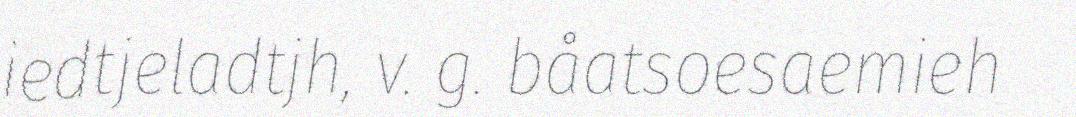
iedtjeladtjh, v. g. båatsoesaemieh